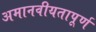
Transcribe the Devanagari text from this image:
अमानवीयतापूर्ण